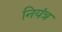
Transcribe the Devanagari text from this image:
नियंत्र